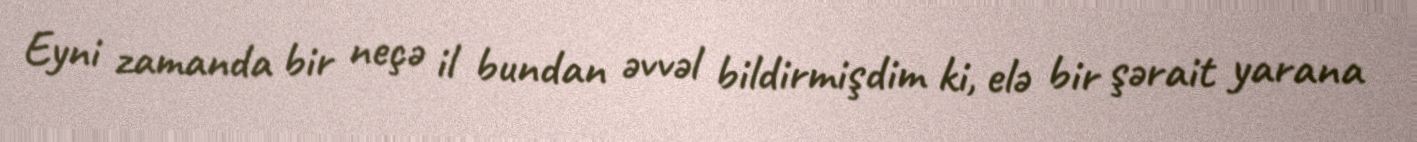
Eyni zamanda bir neçə il bundan əvvəl bildirmişdim ki, elə bir şərait yarana